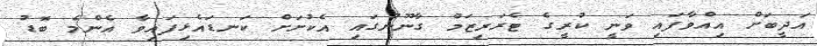
އަދީބަށް އިއްވާފައި ވަނީ ކުރީގެ ޓެރަރިޒަމް ގާނޫނުގައި އެކުށަށް ކަނޑައެޅިފައިވާ އެންމެ ބޮޑު